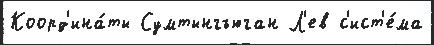
Коорд'ина́ты Сумтынгъюган Л'ев с'ист'е́ма